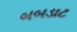
બબડાટ